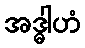
အဒ္ဓါဟံ